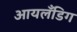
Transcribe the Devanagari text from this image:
आयलँडिग